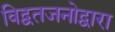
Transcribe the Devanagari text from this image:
विद्वतजनोद्वारा